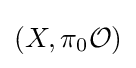
(X,\pi _{0}{\mathcal {O}})